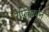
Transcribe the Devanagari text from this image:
रेप्लिकोन्